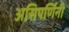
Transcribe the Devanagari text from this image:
असिपर्णिनी